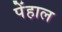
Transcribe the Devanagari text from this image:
पेंहाल